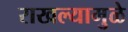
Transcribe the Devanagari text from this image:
राखल्यामुळे